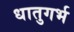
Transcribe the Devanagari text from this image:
धातुगर्भ